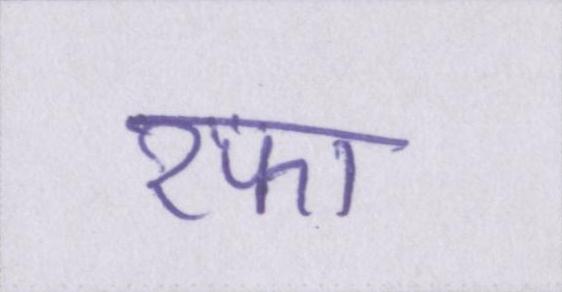
रफा